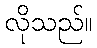
လိုသည်။